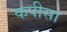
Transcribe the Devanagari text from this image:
कपीसा